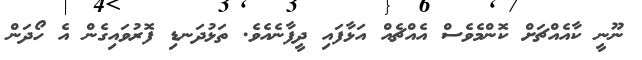
ނޫނީ ކާއެއްޗަށް ކޮންމެވެސް އެއްޗެއް އަޅާފައި ދީފާނެއެވެ. ތަޅުދަނޑި ފޮރުވައިގެން އެ ހޯދަން